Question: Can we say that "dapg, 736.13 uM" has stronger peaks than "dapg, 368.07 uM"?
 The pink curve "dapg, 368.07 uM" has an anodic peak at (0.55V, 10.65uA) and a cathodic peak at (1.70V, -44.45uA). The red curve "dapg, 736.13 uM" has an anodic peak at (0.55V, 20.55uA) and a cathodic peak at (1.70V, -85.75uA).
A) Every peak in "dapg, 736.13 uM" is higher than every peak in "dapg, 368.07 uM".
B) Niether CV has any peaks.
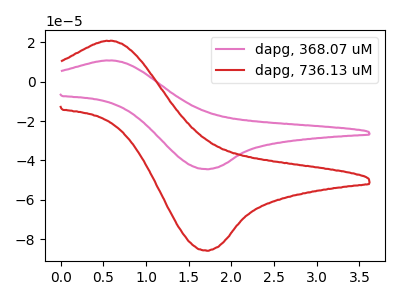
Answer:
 <answer>A) Every peak in "dapg, 736.13 uM" is higher than every peak in "dapg, 368.07 uM".</answer>
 <eval>A</eval>